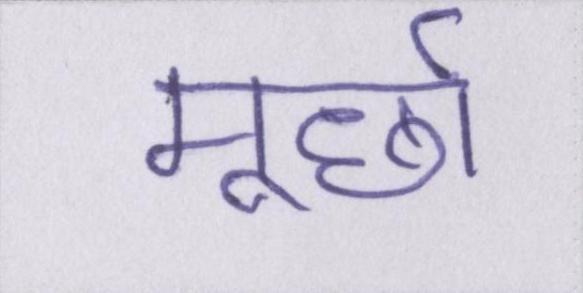
मूर्छा